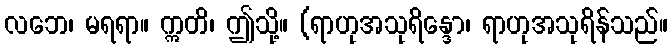
လဘေ၊ မရရာ။ ဣတိ၊ ဤသို့။ (ရာဟုအသုရိန္ဒော၊ ရာဟုအသုရိန်သည်။